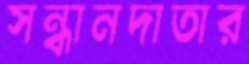
সন্ধানদাতার